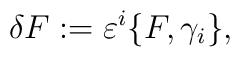
\delta F := \varepsilon^{i}   \{ F , \gamma_{i} \},